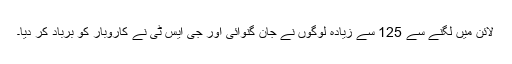
لائن میں لگنے سے 125 سے زیادہ لوگوں نے جان گنوائی اور جی ایس ٹی نے کاروبار کو برباد کر دیا۔